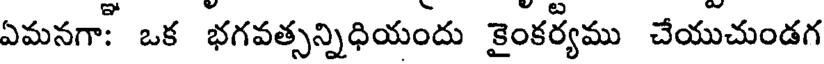
ఏమనగా: ఒక భగవత్సన్నిధియందు కైంకర్యము చేయుచుండగ